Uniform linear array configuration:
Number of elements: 8
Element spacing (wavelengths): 0.5
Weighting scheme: kaiser
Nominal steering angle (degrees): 0
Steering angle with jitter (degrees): -0.4744
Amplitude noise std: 0.05
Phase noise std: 0.05

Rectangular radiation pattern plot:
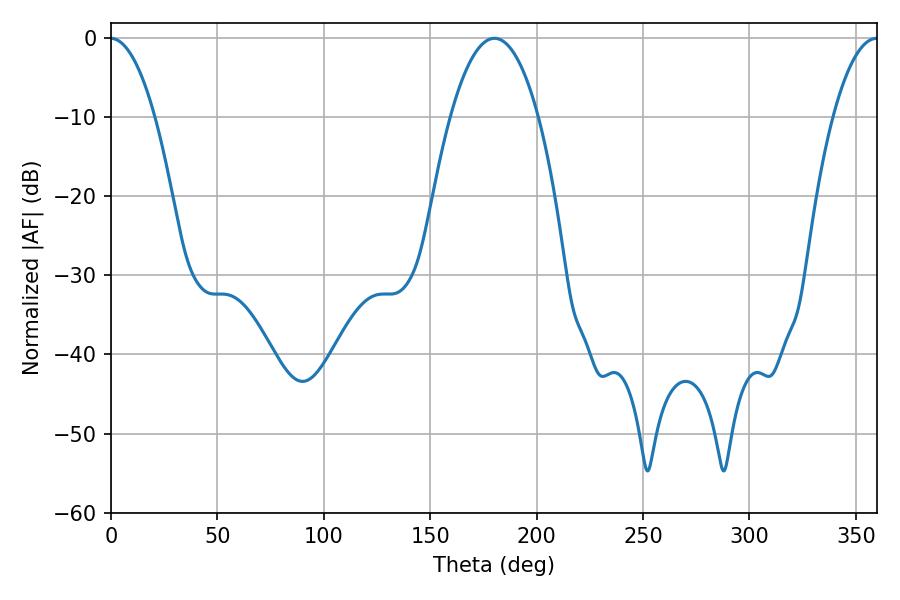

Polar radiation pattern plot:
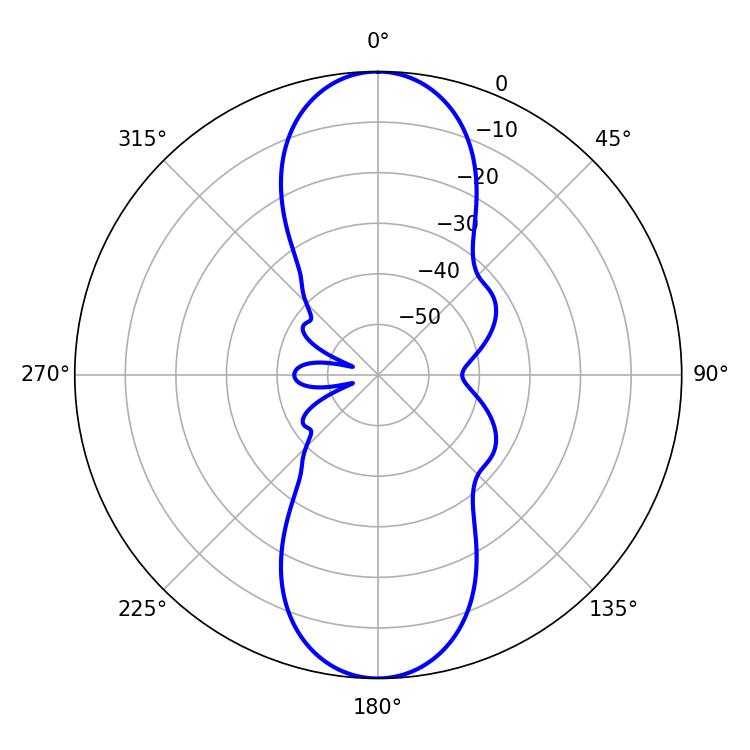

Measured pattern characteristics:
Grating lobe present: FALSE
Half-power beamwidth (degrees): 23.04
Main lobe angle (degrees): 180.18